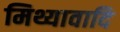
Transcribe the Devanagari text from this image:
मिथ्यावादि